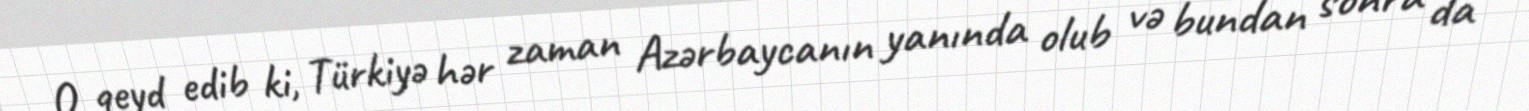
O qeyd edib ki, Türkiyə hər zaman Azərbaycanın yanında olub və bundan sonra da